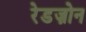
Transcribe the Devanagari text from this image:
रेडज़ोन